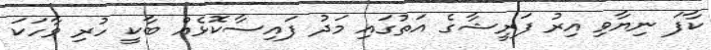
ކާފަ ނިޔާވި އިރު ފަރީޝާގެ އަތުގައި މަދު ފައިސާކޮޅެއް ބާކީ ހުރި ވާހަކަ